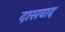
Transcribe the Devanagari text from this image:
दासवाद